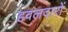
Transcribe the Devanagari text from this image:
हवलदारों